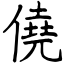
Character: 僥